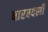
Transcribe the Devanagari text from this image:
बारबदली